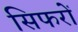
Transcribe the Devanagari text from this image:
सिफरों